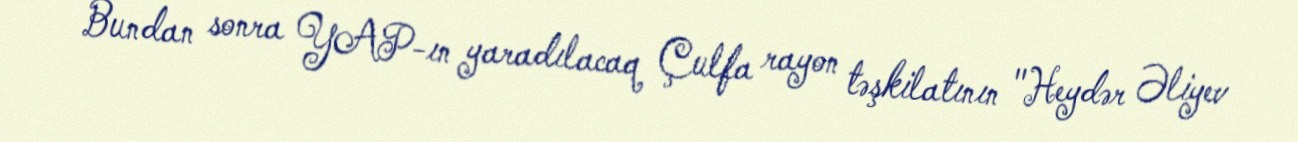
Bundan sonra YAP-ın yaradılacaq Çulfa rayon təşkilatının "Heydər Əliyev